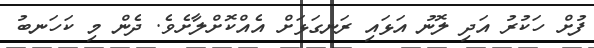
ފުށް ހަކުރު އަދި ލޮނު އަޅައި ރަނގަޅަށް އެއްކޮށްލާށެވެ. ދެން މި ކަހަނބު